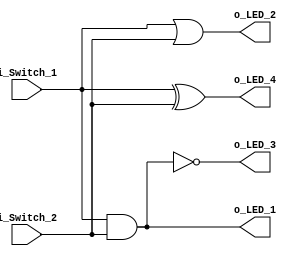
// Logic gate examples
module SwitchesToLEDs
  (input i_Switch_1,  
   input i_Switch_2,
   output o_LED_1,
   output o_LED_2,
   output o_LED_3,
   output o_LED_4);
       
assign o_LED_1 = i_Switch_1 & i_Switch_2;     // AND  gate
assign o_LED_2 = i_Switch_1 | i_Switch_2;     // OR   gate
assign o_LED_3 = ~(i_Switch_1 & i_Switch_2);  // NAND gate
assign o_LED_4 = i_Switch_1 ^  i_Switch_2;    // XOR  gate
 
endmodule